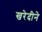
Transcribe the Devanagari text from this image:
खरेदीने